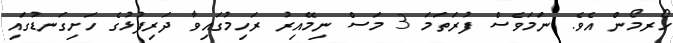
ހޯރމޯން އެވެ. ނަމަވެސް ފުރަތަމަ 3 މަސް ނިމޭއިރު ރަހިމުގައިވާ ދަރިފުޅުގެ ހަށިގަނޑުގައި